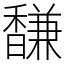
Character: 馦